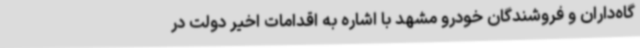
گاه‌داران و فروشندگان خودرو مشهد با اشاره به اقدامات اخیر دولت در